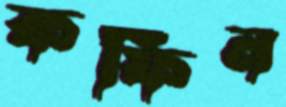
কফিন